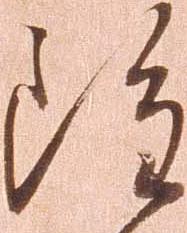
雖